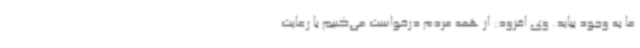
ما به وجود بیاید. وی افزود: از همه مردم درخواست می‌کنیم با رعایت